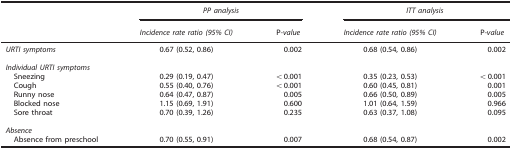
<table><thead><tr><td><b> </b></td><td colspan="2"><b><i>PP analysis</i></b></td><td colspan="2"><b><i>ITT analysis</i></b></td></tr><tr><td><b> </b></td><td><b><i>Incidence rate ratio (95% CI)</i></b></td><td><b>P<i>-value</i></b></td><td><b><i>Incidence rate ratio (95% CI)</i></b></td><td><b>P<i>-value</i></b></td></tr></thead><tbody><tr><td><i>URTI symptoms</i></td><td>0.67 (0.52, 0.86)</td><td>0.002</td><td>0.68 (0.54, 0.86)</td><td>0.002</td></tr><tr><td> </td><td> </td><td> </td><td> </td><td> </td></tr><tr><td colspan="5"><i>Individual URTI symptoms</i></td></tr><tr><td> Sneezing</td><td>0.29 (0.19, 0.47)</td><td>&lt;0.001</td><td>0.35 (0.23, 0.53)</td><td>&lt;0.001</td></tr><tr><td> Cough</td><td>0.55 (0.40, 0.76)</td><td>&lt;0.001</td><td>0.60 (0.45, 0.81)</td><td>0.001</td></tr><tr><td> Runny nose</td><td>0.64 (0.47, 0.87)</td><td>0.005</td><td>0.66 (0.50, 0.89)</td><td>0.005</td></tr><tr><td> Blocked nose</td><td>1.15 (0.69, 1.91)</td><td>0.600</td><td>1.01 (0.64, 1.59)</td><td>0.966</td></tr><tr><td> Sore throat</td><td>0.70 (0.39, 1.26)</td><td>0.235</td><td>0.63 (0.37, 1.08)</td><td>0.095</td></tr><tr><td> </td><td> </td><td> </td><td> </td><td> </td></tr><tr><td colspan="5"><i>Absence</i></td></tr><tr><td><b> </b>Absence from preschool</td><td>0.70 (0.55, 0.91)</td><td>0.007</td><td>0.68 (0.54, 0.87)</td><td>0.002</td></tr></tbody></table>